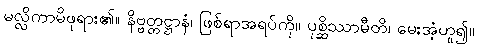
မလ္လိကာမိဖုရား၏။ နိဗ္ဗတ္တဋ္ဌာနံ၊ ဖြစ်ရာအရပ်ကို။ ပုစ္ဆိဿာမီတိ၊ မေးအံ့ဟူ၍။